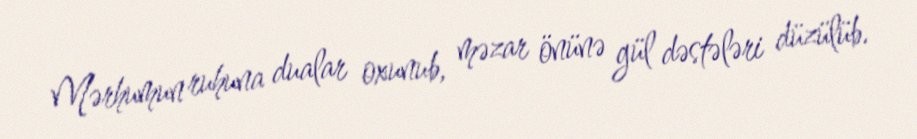
Mərhumun ruhuna dualar oxunub, məzar önünə gül dəstələri düzülüb.